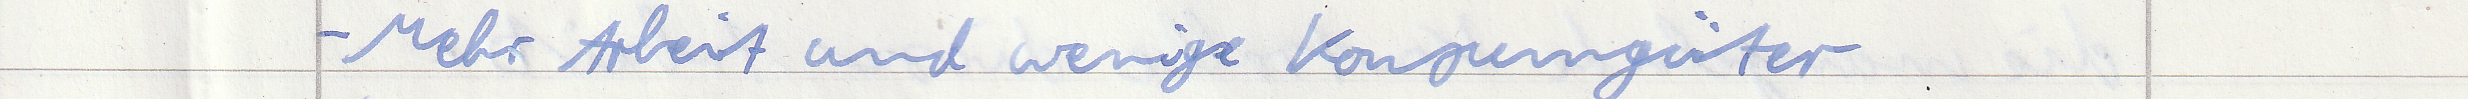
- Mehr Arbeit und wenige Konsumgüter